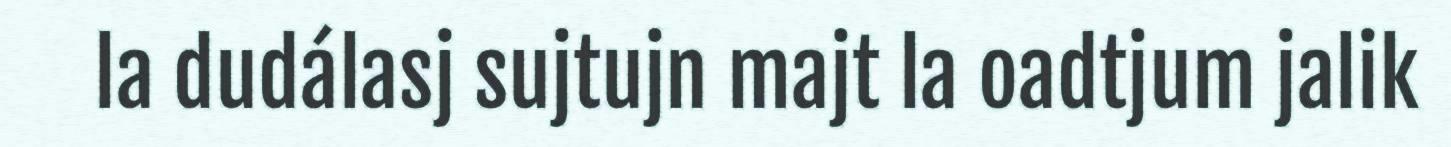
la dudálasj sujtujn majt la oadtjum jalik